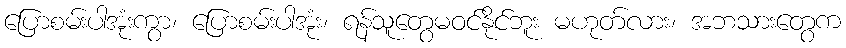
ပြောစမ်းပါအုံးကွာ၊ ပြောစမ်းပါအုံး၊ ရန်သူတွေမဝင်နိုင်ဘူး မဟုတ်လား၊ အဘသားတွေက